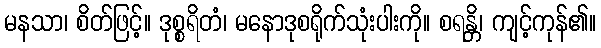
မနသာ၊ စိတ်ဖြင့်။ ဒုစ္စရိတံ၊ မနောဒုစရိုက်သုံးပါးကို။ စရန္တိ၊ ကျင့်ကုန်၏။